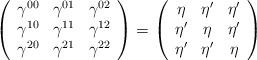
LaTeX: \begin{align*}\left(\begin{array}{ccc} \gamma^{00}&\gamma^{01}&\gamma^{02}\\ \gamma^{10}&\gamma^{11}&\gamma^{12}\\ \gamma^{20}&\gamma^{21}&\gamma^{22} \end{array}\right)= \left(\begin{array}{ccc} \eta&\eta^\prime&\eta^\prime\\ \eta^\prime&\eta&\eta^\prime\\ \eta^\prime&\eta^\prime&\eta \end{array}\right)\end{align*}